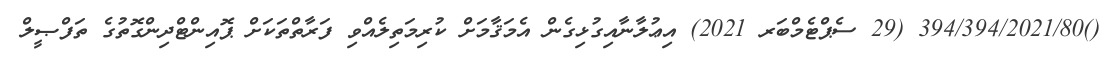
()394/394/2021/80 (29 ސެޕްޓެމްބަރ 2021) އިޢުލާނާއިގުޅިގެން އެމަޤާމަށް ކުރިމަތިލެއްވި ފަރާތްތަކަށް ޕޮއިންޓްދިންގޮތުގެ ތަފްޞީލް